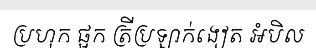
ប្រហុក ផ្អក ត្រីប្រឡាក់ងៀត អំបិល